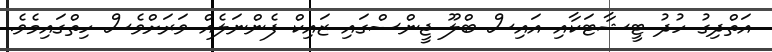
އަތްދިގު ހުދު ޓީޝާޓަކާއި އައިސް ބްލޫ ޖީންސްގައި ޒައިކް ފެންނަލެއް ވަރަށްވެސް ހިތްގައިމެވެ.